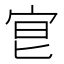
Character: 𡧮